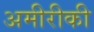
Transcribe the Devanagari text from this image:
अमीरीकी